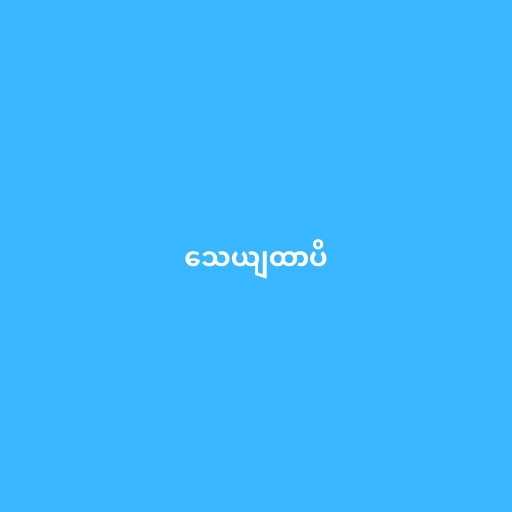
သေယျထာပိ